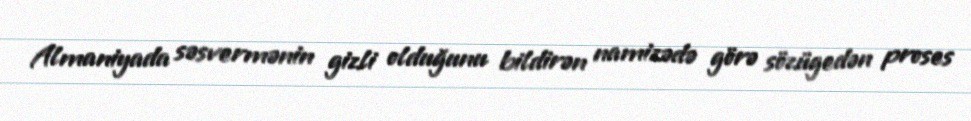
Almaniyada səsvermənin gizli olduğunu bildirən namizədə görə sözügedən proses